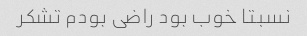
نسبتا خوب بود راضی بودم تشکر